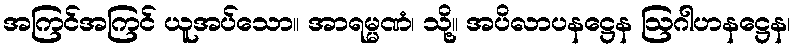
အကြင်အကြင် ယူအပ်သော။ အာရမ္မဏံ၊ သို့။ အပိလာပနဋ္ဌေန ဩဂါဟနဋ္ဌေန၊